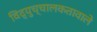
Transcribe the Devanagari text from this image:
विद्युच्चालकतावाले